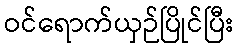
ဝင်ရောက်ယှဉ်ပြိုင်ပြီး